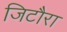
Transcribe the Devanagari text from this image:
जिटौरा